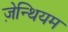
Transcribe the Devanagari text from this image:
ज़ेन्थियम